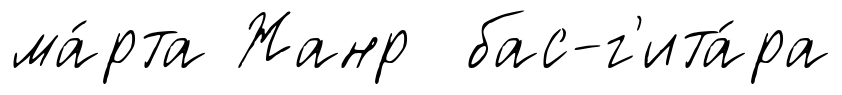
ма́рта Жанр бас-г'ита́ра